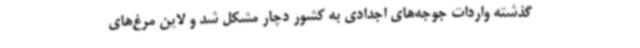
گذشته واردات جوجه‌های اجدادی به کشور دچار مشکل ‌شد و لاین‌ مرغ‌های